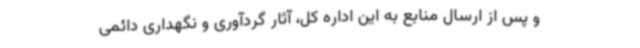
و پس از ارسال منابع به این اداره کل، آثار گردآوری و نگهداری دائمی